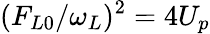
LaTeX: (F_{L0}/\omega_{L})^{2}=4U_{p}